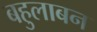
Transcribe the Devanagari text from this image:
बहुलाबन